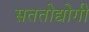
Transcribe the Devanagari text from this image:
सततोद्योगी